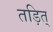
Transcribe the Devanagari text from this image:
तड़ित्‌